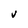
Character: V